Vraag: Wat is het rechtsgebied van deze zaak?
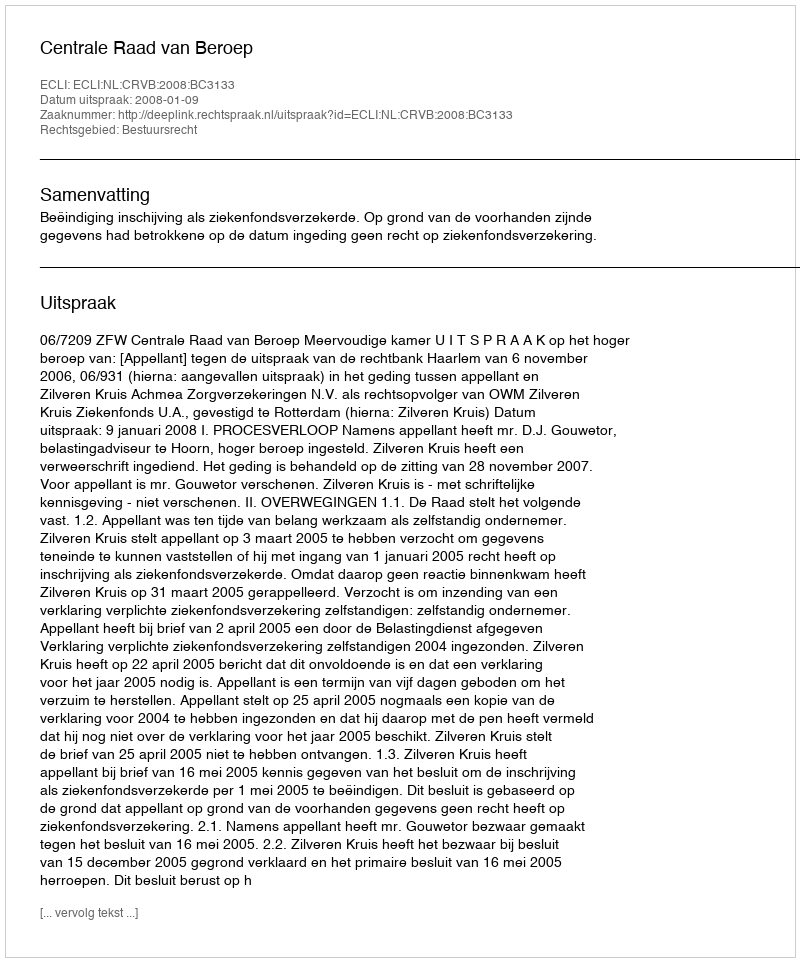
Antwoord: Bestuursrecht